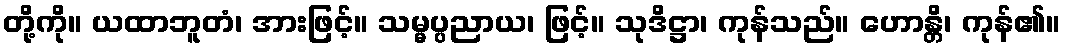
တို့ကို။ ယထာဘူတံ၊ အားဖြင့်။ သမ္မပ္ပညာယ၊ ဖြင့်။ သုဒိဋ္ဌာ၊ ကုန်သည်။ ဟောန္တိ၊ ကုန်၏။